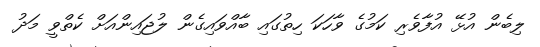
ލިބެން އުޅޭ އުފާވެރި ކަމުގެ ވާހަކަ ހިތުގައި ބާއްވައިގެން ލުޖައިންއަށް ކެތްވީ މަދު